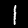
Digit: 1